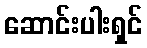
ဆောင်းပါးရှင်